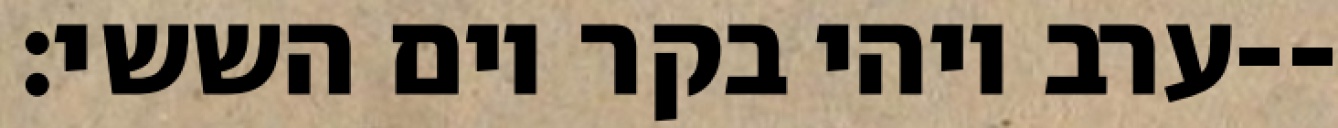
ערב ויהי בקר יום הששי׃--